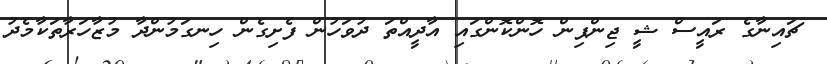
ޗައިނާގެ ރައީސް ޝީ ޖިންޕިން ހޮންކޮންގައި އާދީއްތަ ދުވަހުން ފެށިގެން ހިނގަމުންދާ މުޒާހަރާތަކާމެދު